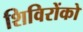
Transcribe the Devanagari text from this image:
शिविरोंको